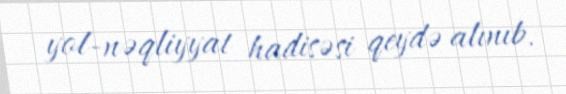
yol-nəqliyyat hadisəsi qeydə alınıb.